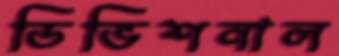
ডিভিশনাল